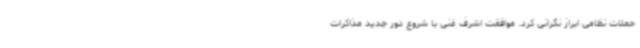
حملات نظامی ابراز نگرانی کرد. موافقت اشرف غنی با شروع دور جدید مذاکرات